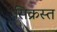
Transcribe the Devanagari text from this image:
सिक्रस्त